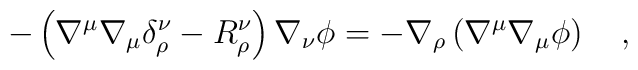
-\left(\nabla^\mu \nabla_\mu\delta_\rho^\nu  -R_\rho^\nu\right)\nabla_\nu \phi = -\nabla_\rho \left(\nabla^\mu  \nabla_\mu \phi\right)~~~,